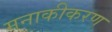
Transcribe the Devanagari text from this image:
मनाकीकरण